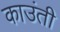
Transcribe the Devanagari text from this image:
काउंती